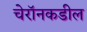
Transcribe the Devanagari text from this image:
चेरॉनकडील